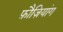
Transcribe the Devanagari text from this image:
फ़ौज़ियांग